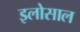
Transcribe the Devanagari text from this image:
इलोसाल